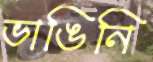
ভাঙিনি